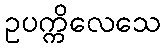
ဥပက္ကိလေသေ